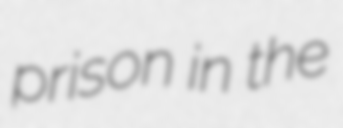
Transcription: prison in the